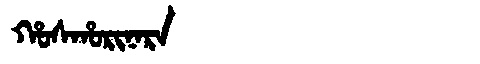
Manchu: ᡥᠣᠰᡥᠣᡵᡳᠨᠠᡵᠠ
Romanization: HOSHORINARA